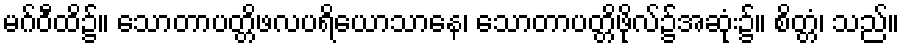
မဂ်ဝီထိ၌။ သောတာပတ္တိဖလပရိယောသာနေ၊ သောတာပတ္တိဖိုလ်၌အဆုံး၌။ စိတ္တံ၊ သည်။